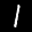
Label: 1